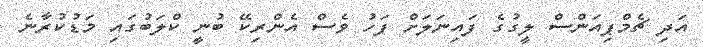
އަދި ޗެމްޕިއަންސް ލީގުގެ ފައިނަލަށް ފަހު ވެސް އެންރިކޭ ބުނީ ކްލަބުގައި މަޑުކުރާނެ